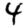
Digit: 4